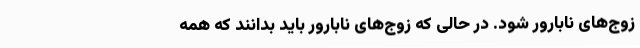
زوج‌های نابارور شود. در حالی که زوج‌های نابارور باید بدانند که همه